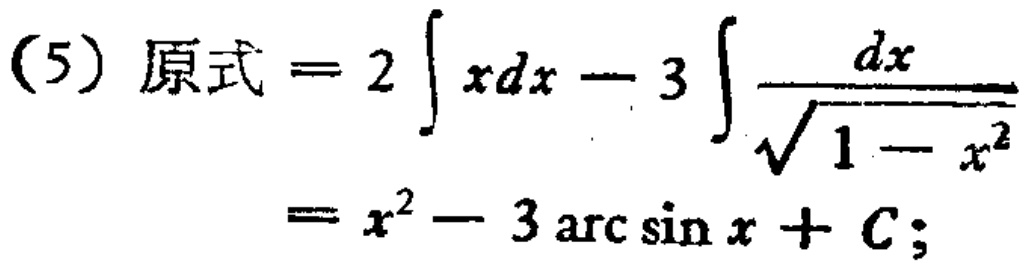
(5) 原式 \(= 2\int xdx - 3\int\frac{dx}{\sqrt{1 - x^{2}}}\)
\(= x^{2}-3\arcsin x + C;\)